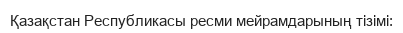
Қазақстан Республикасы ресми мейрамдарының тізімі: